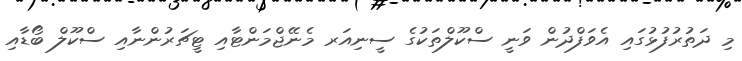
މި ދަތުރުފުޅުގައި އެވަފްދުން ވަނީ ސްކޫލްތަކުގެ ސީނިއަރ މެނޭޖްމަންޓާއި ޓީޗަރުންނާއި ސްކޫލް ބޯޑާއި